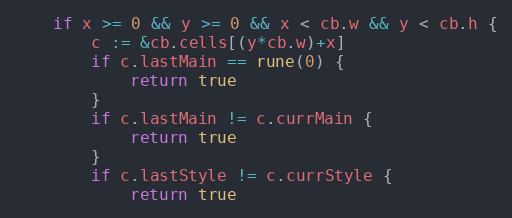
Language: Go
	if x >= 0 && y >= 0 && x < cb.w && y < cb.h {
		c := &cb.cells[(y*cb.w)+x]
		if c.lastMain == rune(0) {
			return true
		}
		if c.lastMain != c.currMain {
			return true
		}
		if c.lastStyle != c.currStyle {
			return true